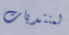
لمنتديات